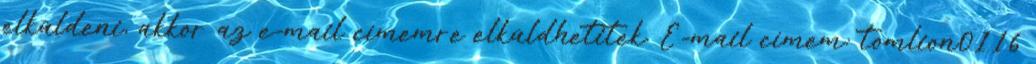
elküldeni, akkor az e-mail címemre elküldhetitek. E-mail címem: tomlion0116